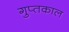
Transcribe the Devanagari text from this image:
गुप्‍तकाल